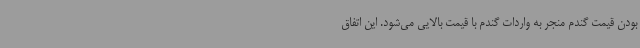
بودن قیمت گندم منجر به واردات گندم با قیمت بالایی می‌شود. این اتفاق